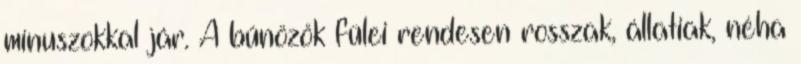
mínuszokkal jár. A bűnözők fülei rendesen rosszak, állatiak, néha